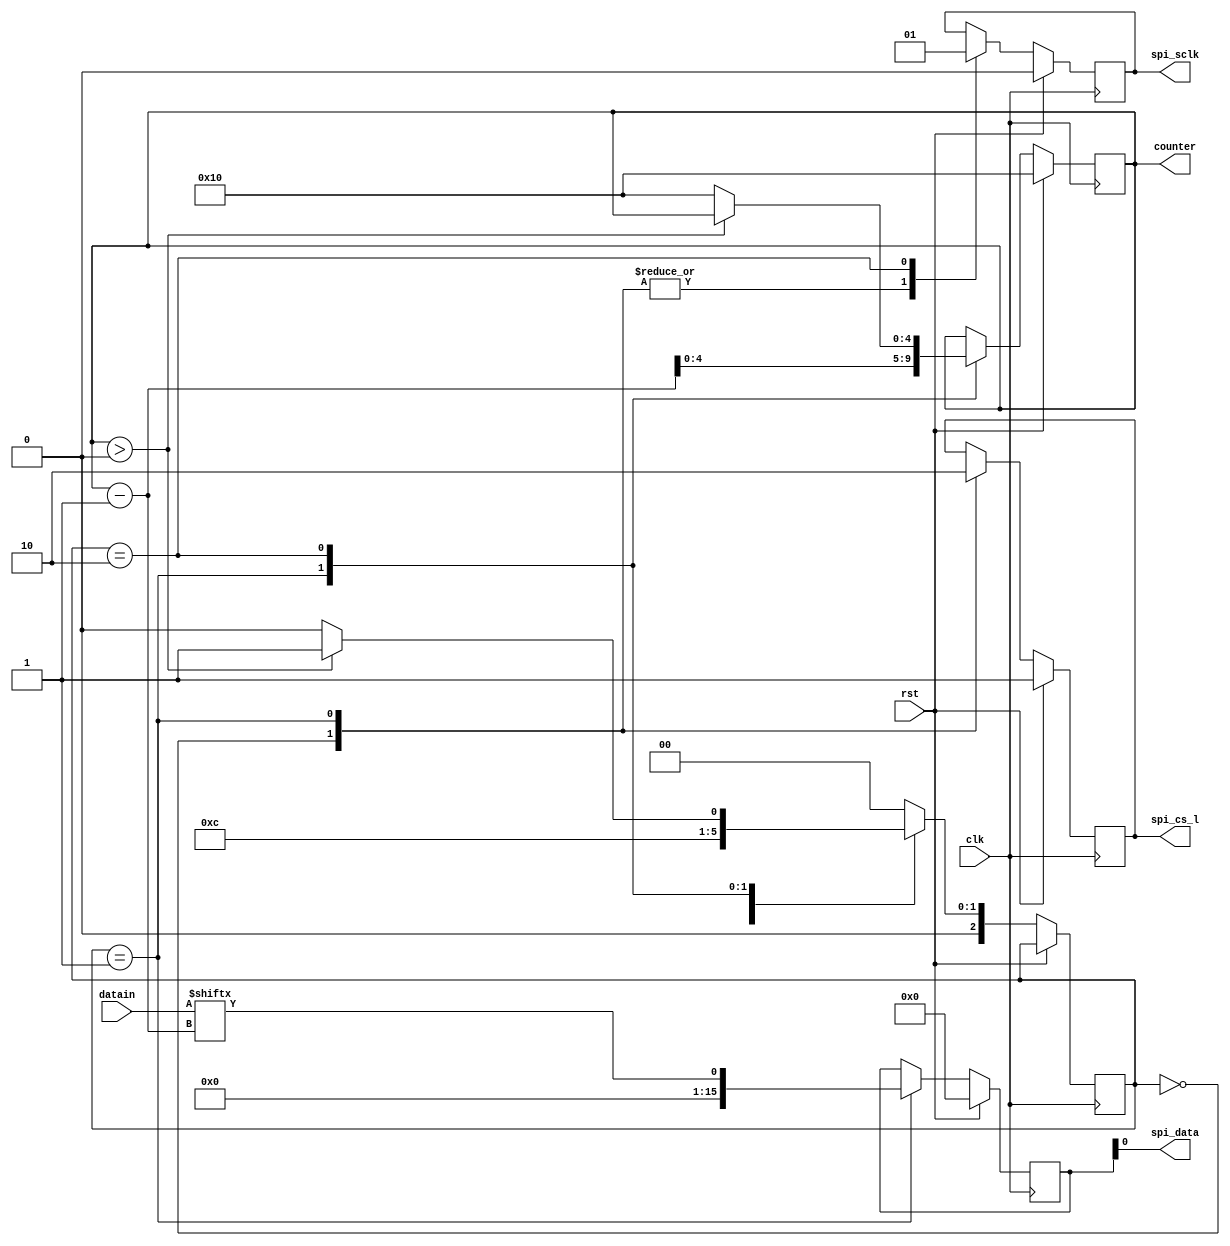
`timescale 1ns / 1ps

module spi(
    input [15:0] datain,
    input rst,
    input clk,
    output spi_cs_l,
    output spi_sclk,
    output spi_data,
    output [4:0] counter
    );
    
    reg [15:0]MOSI;
    reg [4:0]count;
    reg cs_l;
    reg sclk;
    reg [2:0]state;
    
    always@(posedge clk)
        if(rst)begin
            MOSI <= 16'b0;
            count <= 5'd16;
            cs_l <= 1'b1;
            sclk <= 1'b0;
        end
        
        else begin
            case(state)
                0:begin
                    sclk <= 1'b0;
                    cs_l <= 1'b1;
                    state <= 1;
                end
                
                1:begin
                    sclk <= 1'b0;
                    cs_l <= 1'b0;
                    MOSI <= datain[count - 1];
                    count <= count - 1;
                    state <= 2;
                end
                
                2:begin
                    sclk <= 1'b1;
                    if(count > 0)
                        state <= 1;
                    else begin  
                        count <= 16;
                        state <= 0;
                    end
                 end
                 
                 default:state <= 0;
         endcase
        end
         assign spi_cs_l = cs_l;
         assign spi_sclk = sclk;
         assign spi_data = MOSI;
         assign counter = count;
         
endmodule